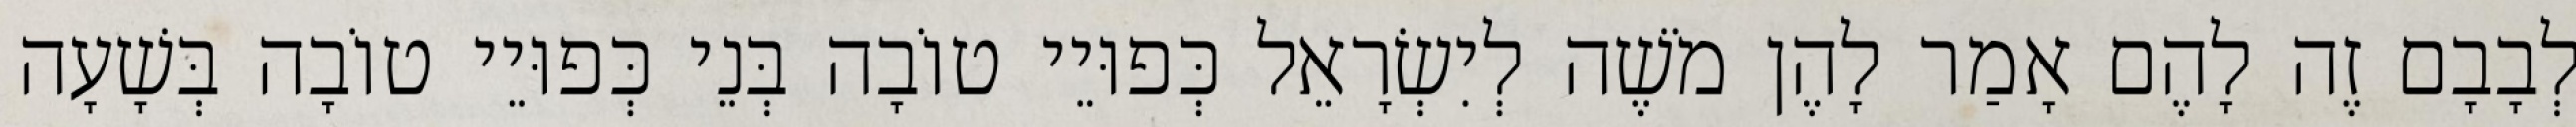
לְבָבָם זֶה לָהֶם אָמַר לָהֶן מֹשֶׁה לְיִשְׂרָאֵל כְּפוּיֵי טוֹבָה בְּנֵי כְּפוּיֵי טוֹבָה בְּשָׁעָה